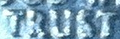
TRUST